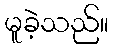
မူခဲ့သည်။